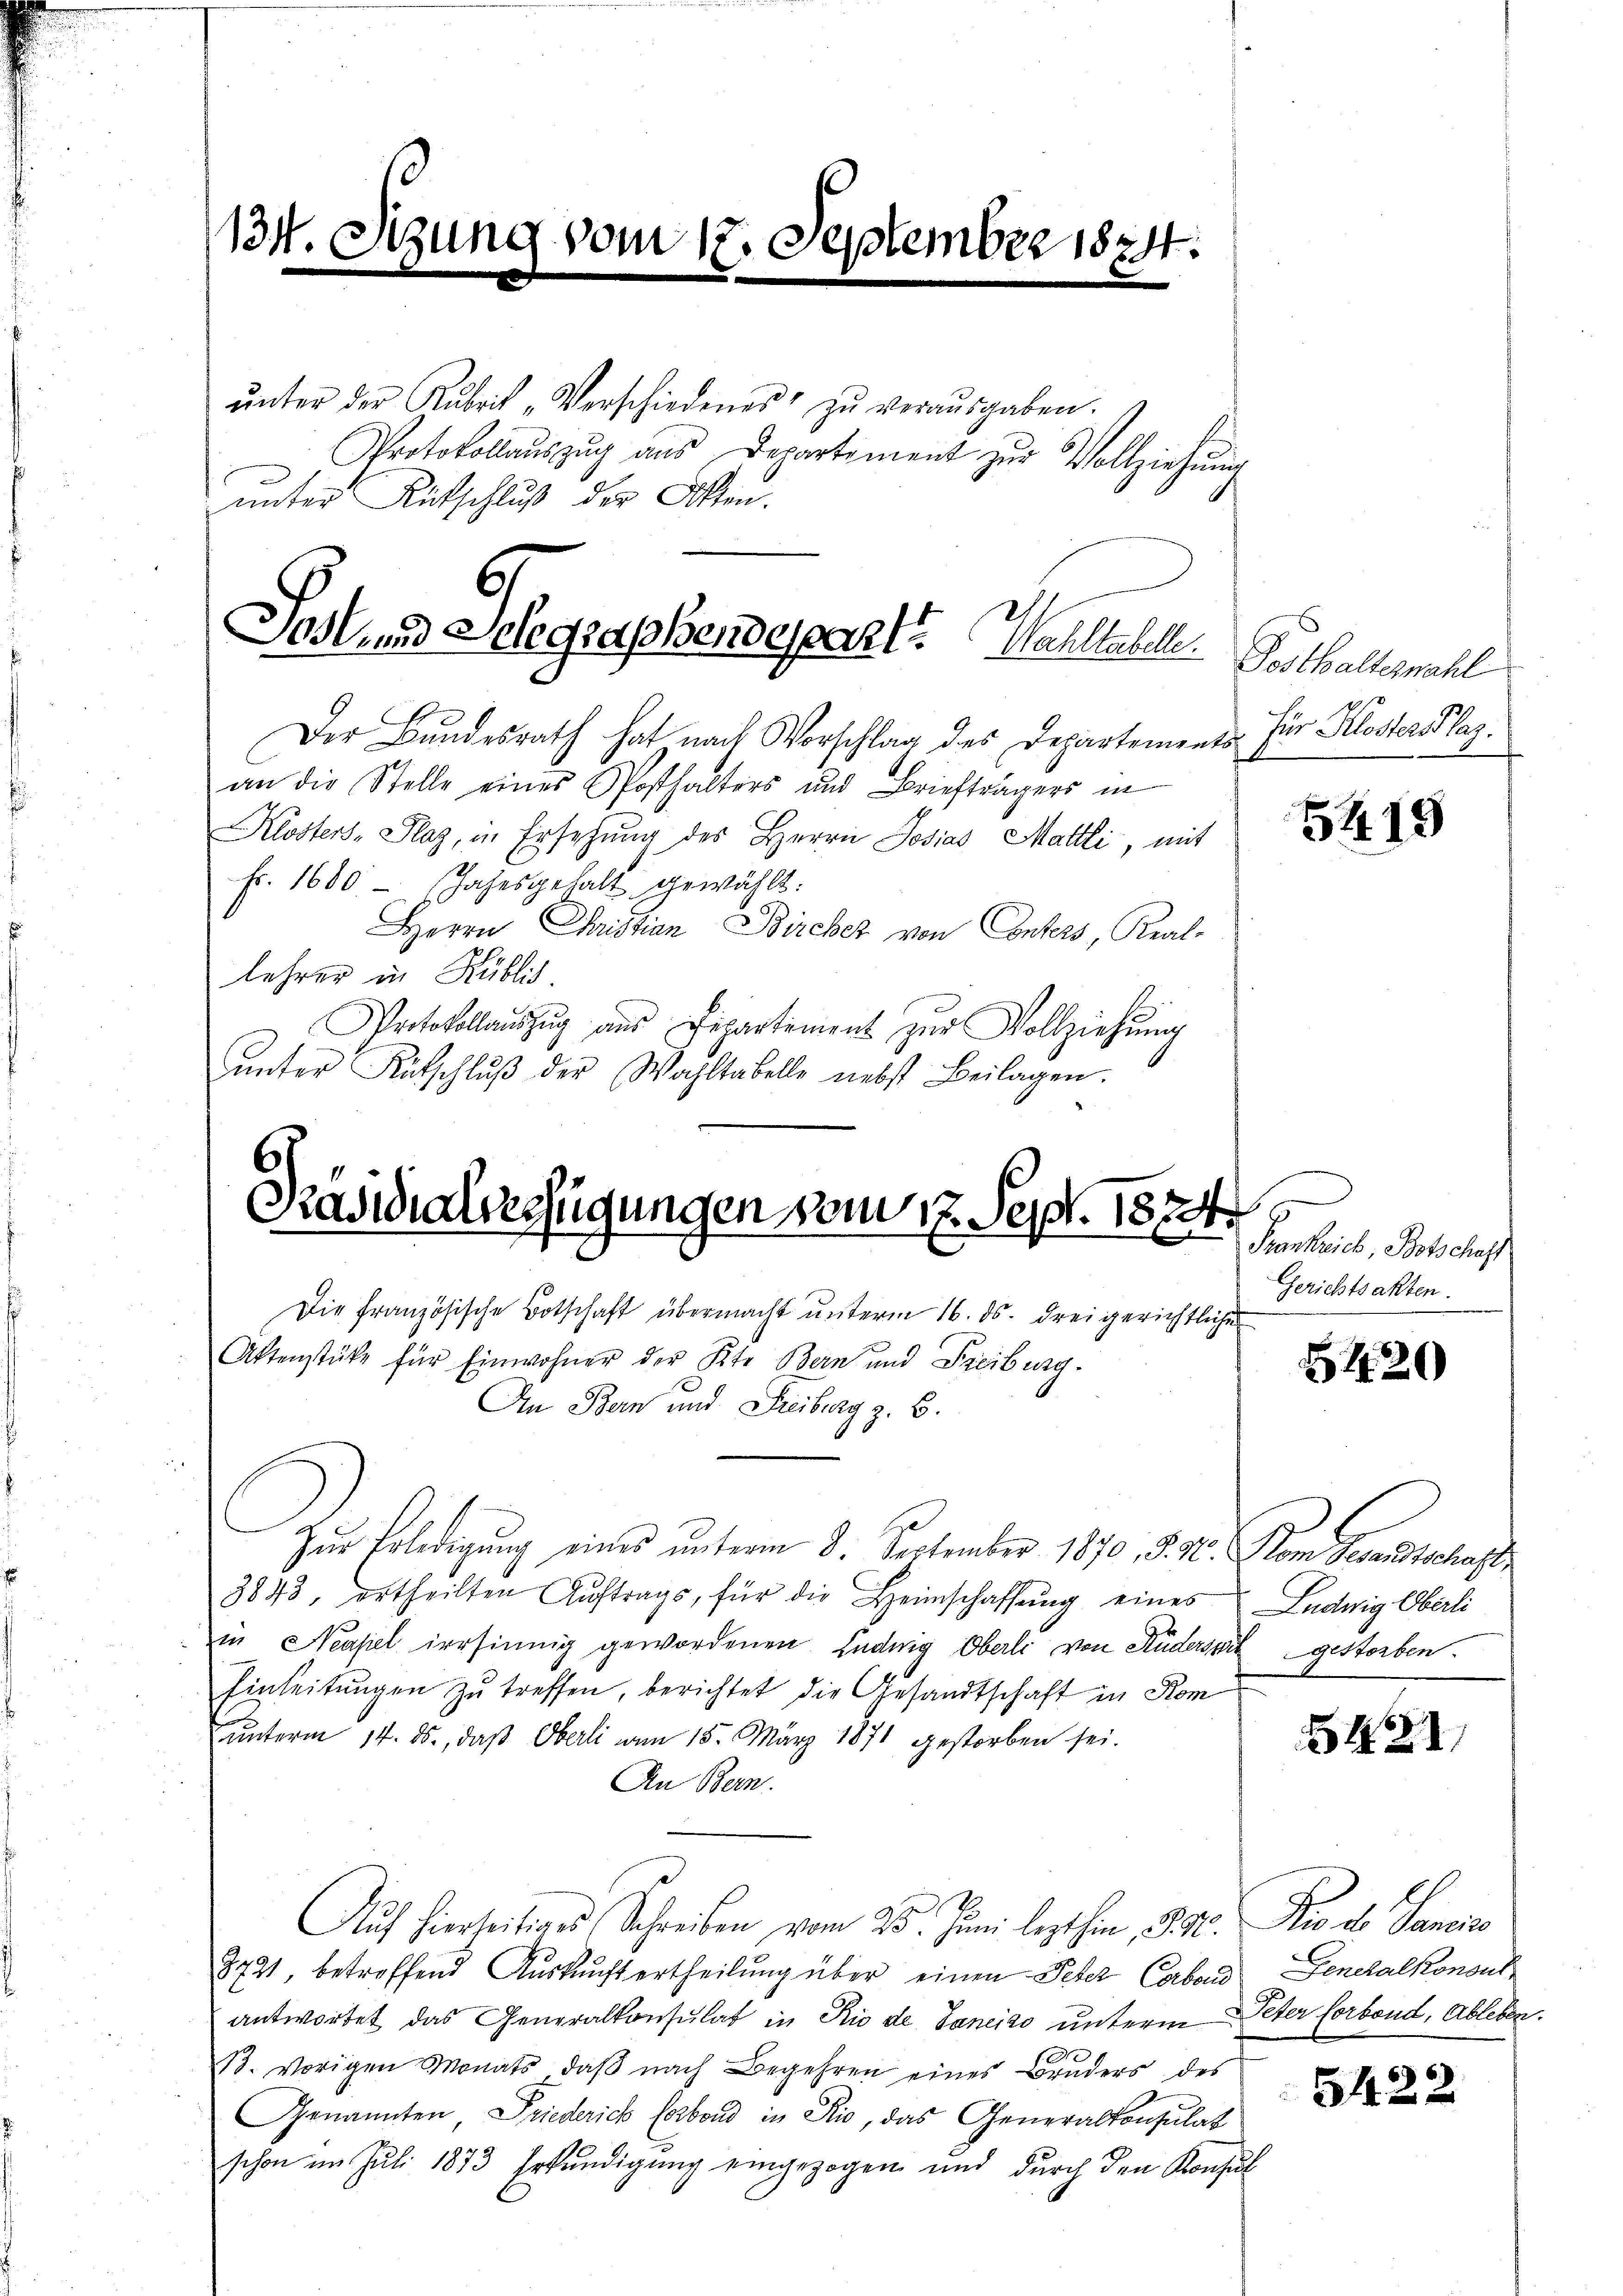
134. Sizung vom 17. September 1824.

ŭnter der Rubrik „Verschiedenes zŭ veraŭsgaben.
Protokollaŭszŭg aŭs Departement zŭr Vollziehŭng
unter Aufschluß der Akten.

6.
Jos und Selegraphendespart? Wahltahele

Der Bundesrath hat nach Vorschlag des Departements für Klosters lag.
an die Stelle eines Posthalters und Briefträgers in
Klosters-Plaz, in Ersehung des Herrn Josias Mattli, mit
fr. 1600 - Jahrsgehalt gewählt:
Herrn Christian Bircher von Conters, Kral-
lehrer in Küblich
Protokollauszug aus Picartement zŭr Vollziehŭng
ŭnter Kutschlŭβ der Wohltabelle nebst Beilagen.

Kassalerfügungen vom 17. Sept. 1874.

Die französische Botschaft übermacht unterm 16. ds. drei gerichtliche
Aktenstüke für Einwohner der Kt. Bern und Freiburg.
An Bern und Freiberg z. B.
Zur Erledigung eines unterm 8. September 1870, §. 3. Von Gesandtschaft
3843, ertheilten Aŭftrags, für die Heimschaffŭng eines Ludwig Oberli
in Neapel irrsinnig gewordenen Ludwig Oberli von Süderseck gestorben.
Einleitungen zu treffen, berichtet die Gesandtschaft in Kom
ŭnterm 14. ds., daß Oberli am 15. März 1871 gestorben sei.
An Bern.
Auf hierseitiges Schreiben vom 25. Juni lezthin 1890. Die des Sancie
8721, betreffend Auskunft ertheilung über einen Peter Caband Generalkonsul
antwortet das Generalkonsulat in Rio de Janeiro unterm Peter forbond, Ableben
1. Vorigen Monats, daβ nach Begehren eines Bruders des
Genannten, Friederich Carbond in Rio, das Generalkonsulat
schon im Juli 1873 Erkundigŭng eingezogen und durch den Konsul

Posthalternahl

5419

Prenteil, Portschlus
Gerichtsakten.

5420

42

5422